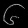
Digit: ၆